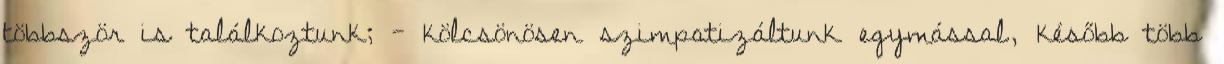
többször is talál­­koz­tunk; - kölcsönösen szimpati­zál­tunk egymással, később több